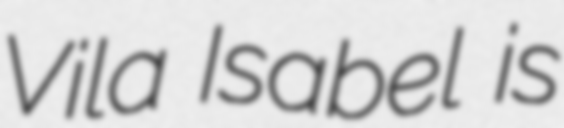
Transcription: Vila Isabel is